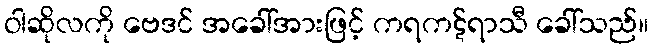
ဝါဆိုလကို ဗေဒင် အခေါ်အားဖြင့် ကရကဋ်ရာသီ ခေါ်သည်။